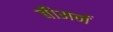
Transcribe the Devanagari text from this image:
बीअर्न